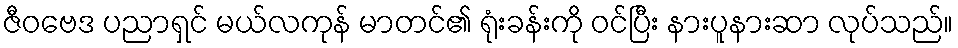
ဇီဝဗေဒ ပညာရှင် မယ်လကုန် မာတင်၏ ရုံးခန်းကို ဝင်ပြီး နားပူနားဆာ လုပ်သည်။